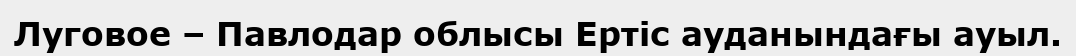
Луговое – Павлодар облысы Ертіс ауданындағы ауыл.